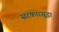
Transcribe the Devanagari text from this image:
सरकारसुद्धा